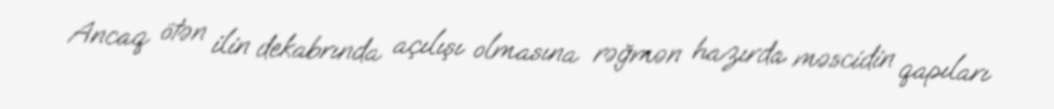
Ancaq ötən ilin dekabrında açılışı olmasına rəğmən hazırda məscidin qapıları